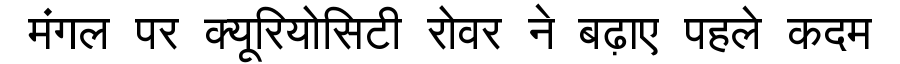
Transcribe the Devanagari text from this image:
मंगल पर क्यूरियोसिटी रोवर ने बढ़ाए पहले कदम